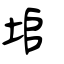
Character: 垖